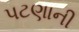
પટણાની